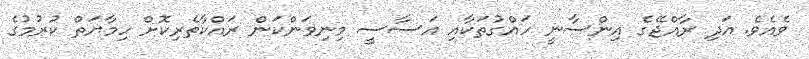
ވެއެވެ. އަދި ރާއްޖޭގެ އިންސާނީ ހައްގުތަކާއި އަސާސީ މިނިވަންކަން ރައްކާތެރިކޮށް ހިމާޔަތް ކުރުމުގެ